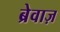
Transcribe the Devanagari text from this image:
ब्रेवाज़